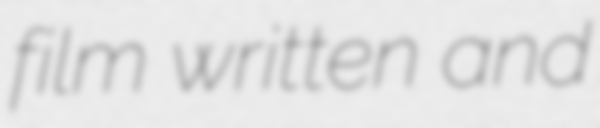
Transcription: film written and